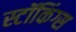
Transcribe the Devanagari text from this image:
स्टॉकिंग्स